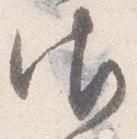
御